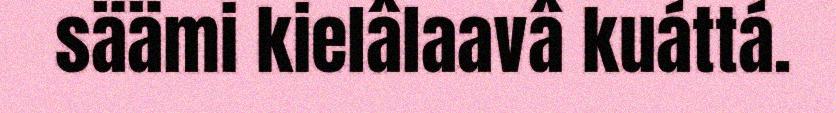
säämi kielâlaavâ kuáttá.